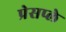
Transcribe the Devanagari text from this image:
प्रेसप्ले